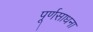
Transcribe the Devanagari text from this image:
पूर्णसाधना